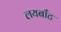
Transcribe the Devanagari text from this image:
लयबाँट